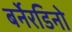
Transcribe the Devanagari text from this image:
बर्नेरडिनो